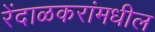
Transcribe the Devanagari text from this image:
रेंदाळकरांमधील